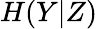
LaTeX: H(Y\vert Z)